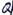
Text: Q